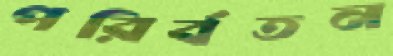
পরির্বতন